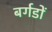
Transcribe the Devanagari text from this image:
बर्गडों